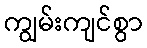
ကျွမ်းကျင်စွာ